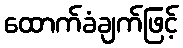
ထောက်ခံချက်ဖြင့်